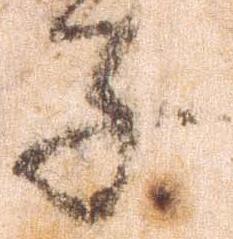
子